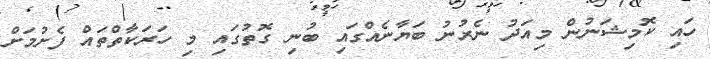
ހައި ކޮމިޝަނުން މިއަދު ނެރުނު ބަޔާނެއްގައި ބުނި ގޮތުގައި މި ހަރަކާތްތައް ފެށުމަށް